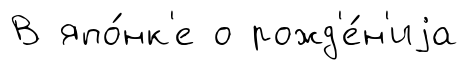
В япо́нк'е о рожд'е́н'иjа